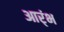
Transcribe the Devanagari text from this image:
आर्ंभ